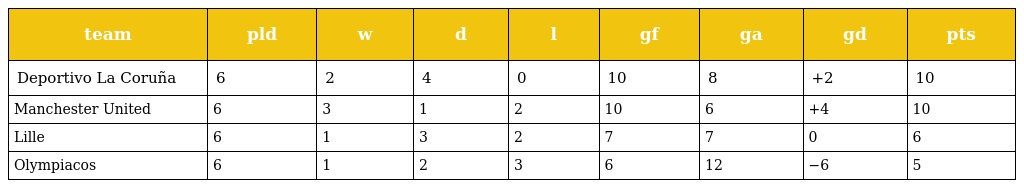
| team | pld | w | d | l | gf | ga | gd | pts |
 | --- | --- | --- | --- | --- | --- | --- | --- | --- |
 | Deportivo La Coruña | 6 | 2 | 4 | 0 | 10 | 8 | +2 | 10 |
 | Manchester United | 6 | 3 | 1 | 2 | 10 | 6 | +4 | 10 |
 | Lille | 6 | 1 | 3 | 2 | 7 | 7 | 0 | 6 |
 | Olympiacos | 6 | 1 | 2 | 3 | 6 | 12 | −6 | 5 |